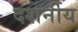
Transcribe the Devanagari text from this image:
दशर्नीय